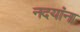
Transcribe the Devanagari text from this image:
नदयांना